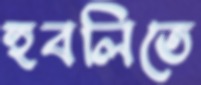
হুবলিতে